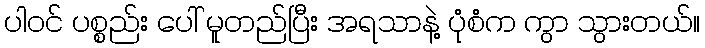
ပါဝင် ပစ္စည်း ပေါ် မူတည်ပြီး အရသာနဲ့ ပုံစံက ကွာ သွားတယ်။